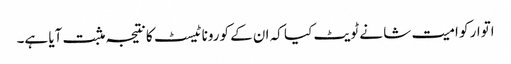
اتوار کو امیت شا نے ٹویٹ کیا کہ ان کے کورونا ٹیسٹ کا نتیجہ مثبت آیا ہے۔